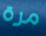
مرة